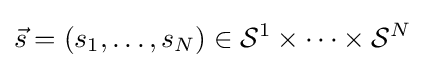
{\vec {s}}=(s_{1},\ldots ,s_{N})\in {\mathcal {S}}^{1}\times \cdots \times {\mathcal {S}}^{N}